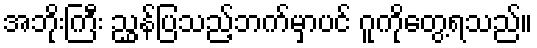
အဘိုးကြီး ညွှန်ပြသည့်ဘက်မှာပင် ဂူကိုတွေ့ရသည်။